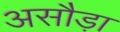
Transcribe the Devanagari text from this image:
असौड़ा